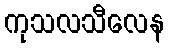
ကုသလသီလေန